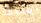
معلمه